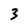
Character: 3